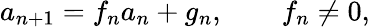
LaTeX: a_{n+1}=f_{n}a_{n}+g_{n},\qquad f_{n}\neq 0,